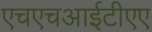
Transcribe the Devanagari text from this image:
एचएचआईटीएए